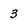
Character: 3